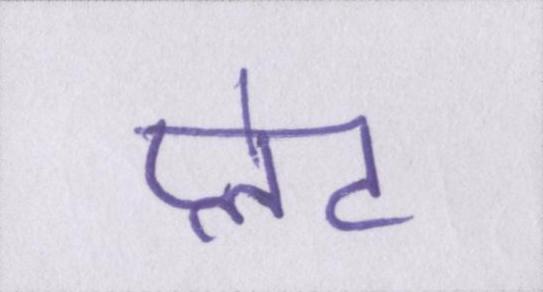
प्लेट